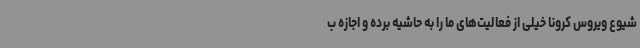
شیوع ویروس کرونا خیلی از فعالیت‌های ما را به حاشیه برده و اجازه ب